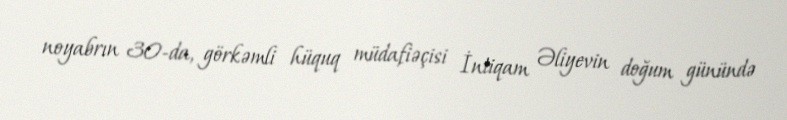
noyabrın 30-da, görkəmli hüquq müdafiəçisi İntiqam Əliyevin doğum günündə